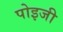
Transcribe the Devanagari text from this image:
पोइजी